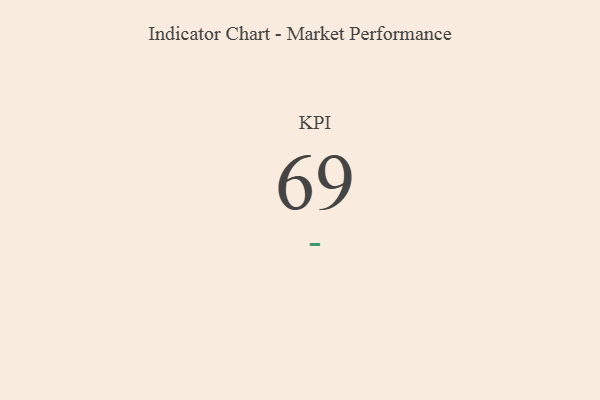
{"axis": {"x": "KPI", "y": "Value"}, "legend": [""], "data": [{"x": "KPI", "y": 69, "type": ""}]}